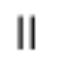
॥